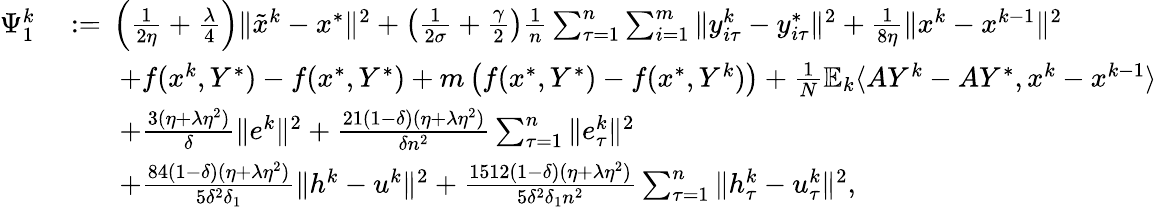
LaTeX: \begin{array}{rl}{\Psi_{1}^{k}}&{\; {:=}\; \left(\frac{1}{2\eta}+\frac{\lambda}{4}\right)\| {\tilde{x}}^{k}-x^{*}\| ^{2}+\left(\frac{1}{2\sigma}+\frac{\gamma}{2}\right)\frac{1}{n}\sum_{\tau=1}^{n}\sum_{i=1}^{m}\| y_{i\tau}^{k}-y_{i\tau}^{*}\| ^{2}+\frac{1}{8\eta}\| x^{k}-x^{k-1}\| ^{2}}\\ &{\qquad+f(x^{k},Y^{*})-f(x^{*},Y^{*})+m\left(f(x^{*},Y^{*})-f(x^{*},Y^{k})\right)+\frac{1}{N}\mathbb{E}_{k}\langle AY^{k}-AY^{*},x^{k}-x^{k-1}\rangle}\\ &{\qquad+\frac{3(\eta+\lambda\eta^{2})}{\delta}\| e^{k}\| ^{2}+\frac{21(1-\delta)(\eta+\lambda\eta^{2})}{\delta n^{2}}\sum_{\tau=1}^{n}\| e_{\tau}^{k}\| ^{2}}\\ &{\qquad+\frac{84(1-\delta)(\eta+\lambda\eta^{2})}{5\delta^{2}\delta_{1}}\| h^{k}-u^{k}\| ^{2}+\frac{1512(1-\delta)(\eta+\lambda\eta^{2})}{5\delta^{2}\delta_{1}n^{2}}\sum_{\tau=1}^{n}\| h_{\tau}^{k}-u_{\tau}^{k}\| ^{2},}\end{array}